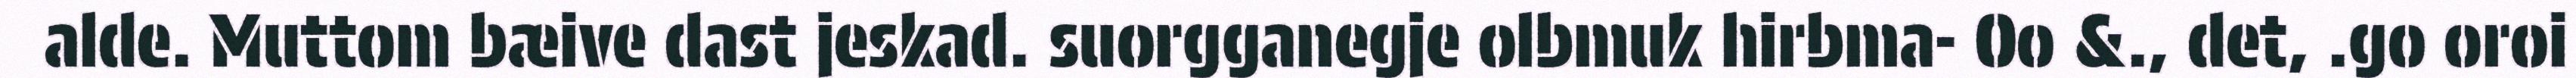
alde. Muttom bæive dast jeskad. suorgganegje olbmuk hirbma- Oo &., det, .go oroi